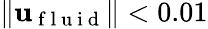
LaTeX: \| \mathbf{u}_{\mathrm{~f~l~u~i~d~}}\| <0.01